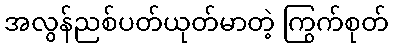
အလွန်ညစ်ပတ်ယုတ်မာတဲ့ ကြွက်စုတ်